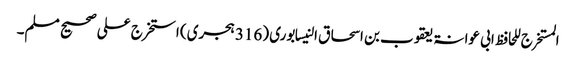
المستخرج للحافظ ابی عوانۃ یعقوب بن اسحاق النیسابوری (316 ہجری) استخرج علی صحیح مسلم۔